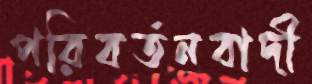
পরিবর্তনবাদী